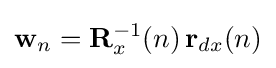
\mathbf {w} _{n}=\mathbf {R} _{x}^{-1}(n)\,\mathbf {r} _{dx}(n)